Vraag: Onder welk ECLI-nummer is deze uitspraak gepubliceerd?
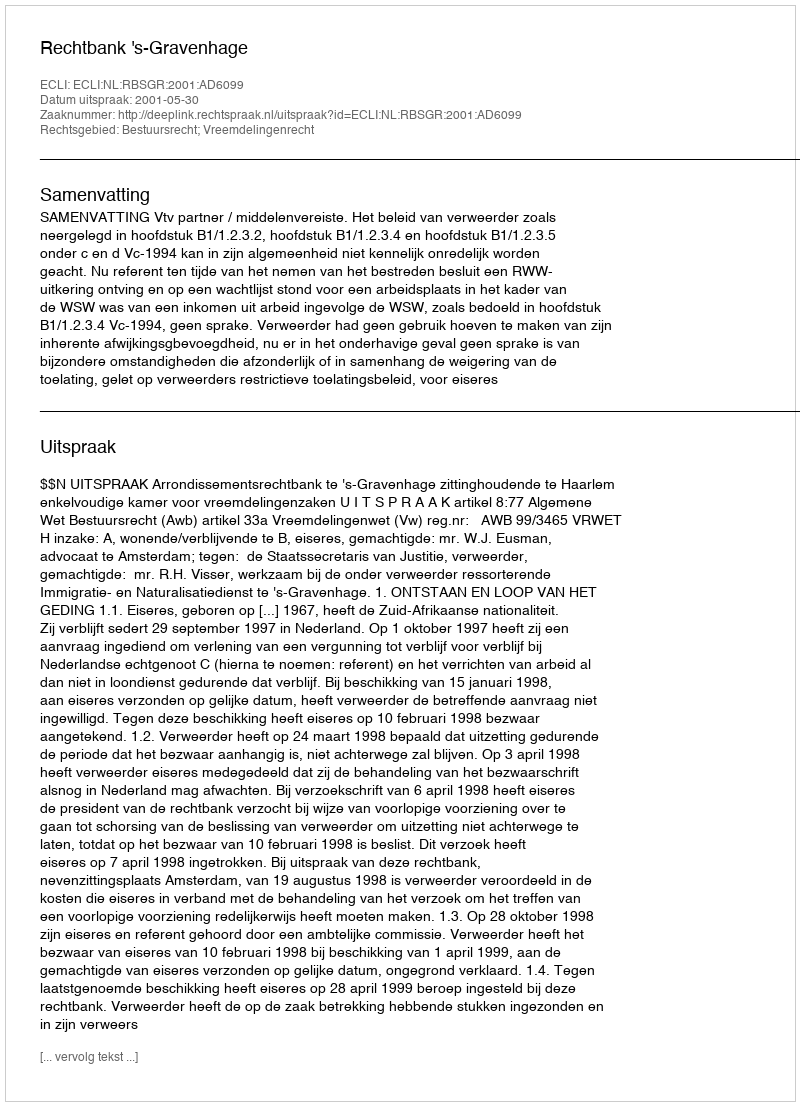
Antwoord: ECLI:NL:RBSGR:2001:AD6099